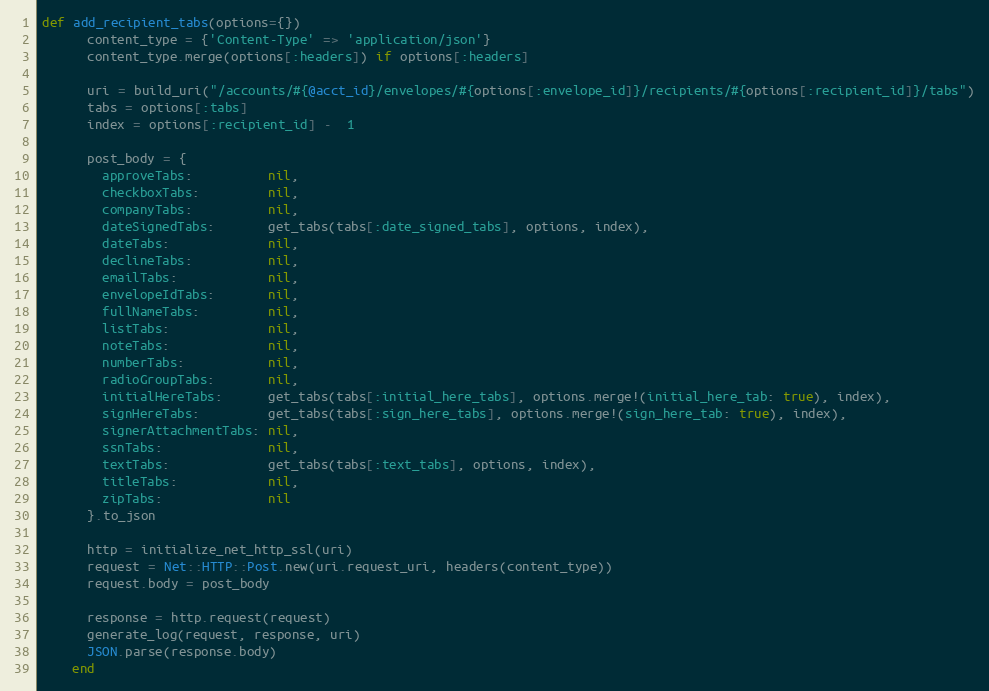
Language: Ruby
def add_recipient_tabs(options={})
      content_type = {'Content-Type' => 'application/json'}
      content_type.merge(options[:headers]) if options[:headers]

      uri = build_uri("/accounts/#{@acct_id}/envelopes/#{options[:envelope_id]}/recipients/#{options[:recipient_id]}/tabs")
      tabs = options[:tabs]
      index = options[:recipient_id] -  1

      post_body = {
        approveTabs:          nil,
        checkboxTabs:         nil,
        companyTabs:          nil,
        dateSignedTabs:       get_tabs(tabs[:date_signed_tabs], options, index),
        dateTabs:             nil,
        declineTabs:          nil,
        emailTabs:            nil,
        envelopeIdTabs:       nil,
        fullNameTabs:         nil,
        listTabs:             nil,
        noteTabs:             nil,
        numberTabs:           nil,
        radioGroupTabs:       nil,
        initialHereTabs:      get_tabs(tabs[:initial_here_tabs], options.merge!(initial_here_tab: true), index),
        signHereTabs:         get_tabs(tabs[:sign_here_tabs], options.merge!(sign_here_tab: true), index),
        signerAttachmentTabs: nil,
        ssnTabs:              nil,
        textTabs:             get_tabs(tabs[:text_tabs], options, index),
        titleTabs:            nil,
        zipTabs:              nil
      }.to_json

      http = initialize_net_http_ssl(uri)
      request = Net::HTTP::Post.new(uri.request_uri, headers(content_type))
      request.body = post_body

      response = http.request(request)
      generate_log(request, response, uri)
      JSON.parse(response.body)
    end